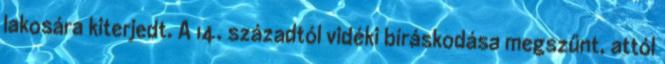
lakosára kiterjedt. A 14. századtól vidéki bíráskodása megszűnt, attól